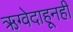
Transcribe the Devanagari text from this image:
ऋग्वेदाहूनही